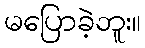
မပြောခဲ့ဘူး။